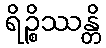
ရိဉ္စိဿန္တိ